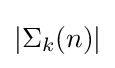
\left|\Sigma _{k}(n)\right|